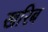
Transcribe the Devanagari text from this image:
खरिब